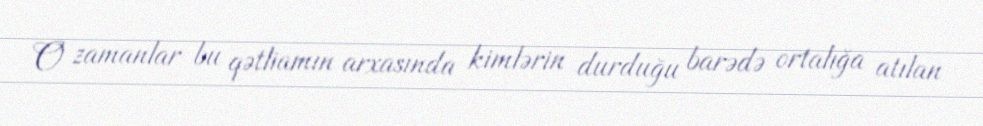
O zamanlar bu qətliamın arxasında kimlərin durduğu barədə ortalığa atılan